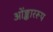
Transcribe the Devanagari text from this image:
ओंङ्काररूप